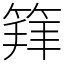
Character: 𥯟